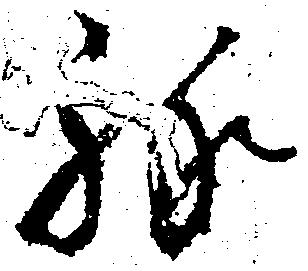
縁